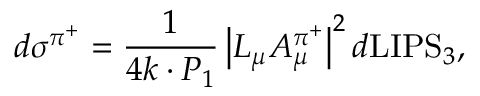
d \sigma ^ { \pi ^ { + } } = \frac { 1 } { 4 k \cdot P _ { 1 } } \left| L _ { \mu } { \cal A } _ { \mu } ^ { \pi ^ { + } } \right| ^ { 2 } d \mathrm { L I P S } _ { 3 } ,